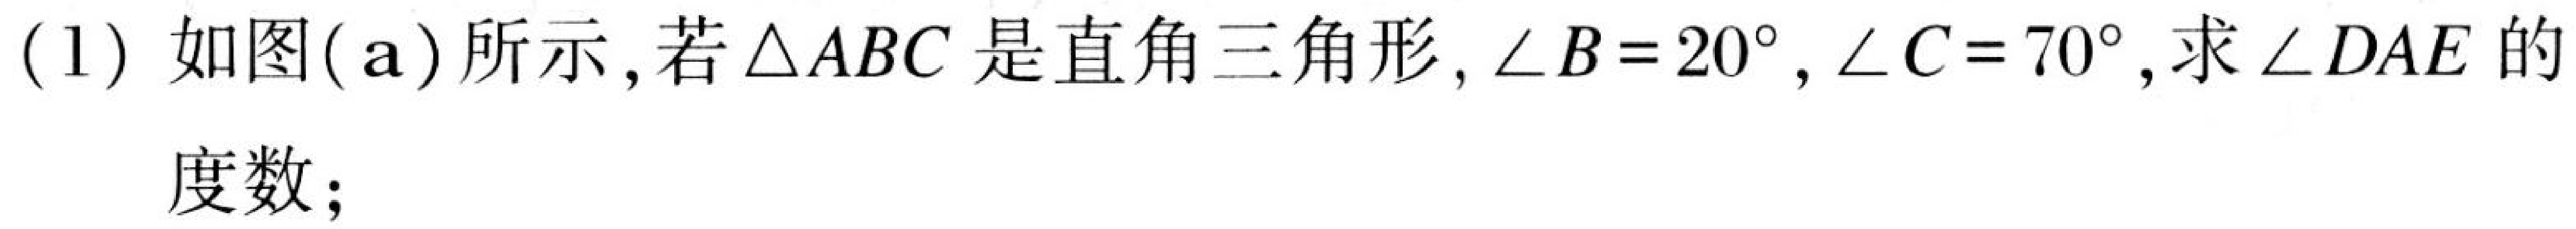
(1) 如图(\(a\))所示，若\(\triangle ABC\)是直角三角形，\(\angle B = 20^{\circ}\)，\(\angle C = 70^{\circ}\)，求\(\angle DAE\)的度数；